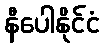
နီပေါနိုင်ငံ